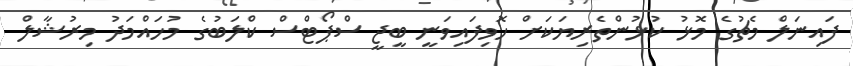
ފައިނަލް މެޗުގެ މޮޅު ކުޅުންތެރިޔަކަށް ހޮވިފައިވަނީ ބީޖީ ސްޕޯޓްސް ކްލަބުގެ މުހައްމަދު މިރުޝާލް